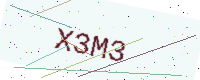
Text: X3M3